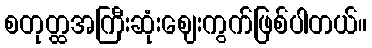
စတုတ္ထအကြီးဆုံးဈေးကွက်ဖြစ်ပါတယ်။